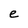
Character: e